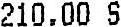
210.00 S